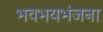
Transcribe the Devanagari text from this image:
भवभयभंजना